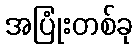
အပြုံးတစ်ခု